Annual administration report of the Civil Veterinary Department of India - 1910-1911
Year: 1910
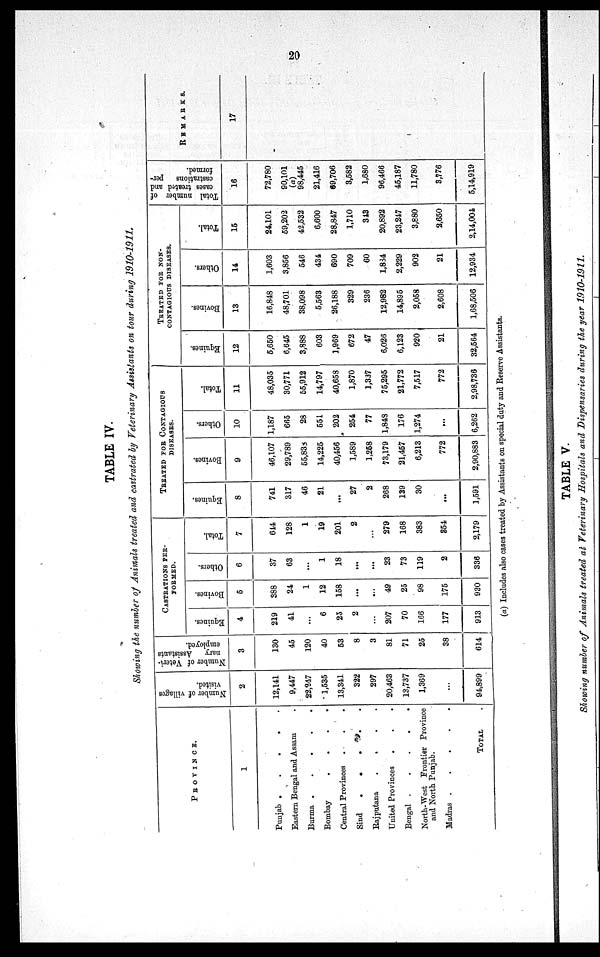
20
TABLE IV.
Showing the number of Animals treated and castrated by Veterinary Assistants on tour during 1910-1911,
PROVINCE.
1
Punjab .
.
.
.
.
Eastern Bengal and Assam .
Burma .
.
.
.
.
Bombay
.
.
.
.
Central Provinces . . .
Sind
.
.
.
Rajputana
.
.
.
.
United Provinces . . .
Bengal .
.
.
.
.
North-West Frontier Province
and North Punjab.
Madras .
.
.
.
.
TOTAL .
Number of villages
visited.
2
12,141
9,447
22,247
1,535
13,341
322
297
20,463
13,737
1,369
...
94,899
Number of Veteri-
nary Assistants
employed.
3
130
45
120
40
53
8
3
81
71
25
38
614
CASTRATIONS PER-
FORMED.
Equines.
4
219
41
...
6
25
2
...
207
70
166
177
913
Bovines.
5
388
24
1
12
158
...
...
49
25
98
175
930
Others.
6
37
63
...
1
18
...
...
23
73
119
2
336
Total.
7
644
128
1
19
201
2
...
279
168
383
354
2,179
TREATED FOR CONTAGIOUS
DISEASES.
Equines.
8
741
317
46
21
...
27
2
268
139
30
...
1,591
Bovines.
9
46,107
29,789
55,838
14,225
40,456
1,589
1,258
73,179
21,457
6,213
772
2,90,883
Others.
10
1,187
665
28
551
202
254
77
1,848
176
1,274
...
6,262
Total.
11
48,035
30,771
55,912
14,797
40,658
1,870
1,337
75,295
21,772
7,517
772
2,98,736
TREATED FOR NON¬
CONTAGIOUS DISEASES.
Equines.
12
5,650
6,645
3,888
603
1,969
672
47
6,026
6,123
920
21
32,564
Bovines.
13
16,848
48,701
38,098
5,563
26,188
329
236
12,982
14,895
2,058
2,608
1,68,506
Others.
14
1,603
3,856
546
434
690
709
60
1,884
2,229
902
21
12,934
Total.
15
24,101
59,202
42,532
6,600
28,847
1,710
343
20,892
23,247
3,880
2,650
2,14,004
Total number of
cases treated and
castrations per-
formed.
16
72,780
90,101
(a)
98,445
21,416
69,706
3,582
1,680
96,466
45,187
11,780
3,776
5,14,919
REMARKS.
17
(a) Includes also cases treated by Assistants on special duty and Reserve Assistants.